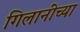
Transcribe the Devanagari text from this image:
गिलानींच्या